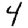
Digit: 4